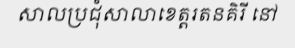
សាលប្រជុំសាលាខេត្តរតនគិរី នៅ